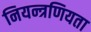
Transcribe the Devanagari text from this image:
नियन्त्रणियता